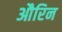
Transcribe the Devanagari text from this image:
औरिन